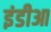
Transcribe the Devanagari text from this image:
इंडीआ